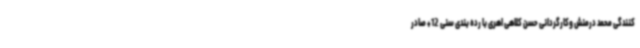
کنندگی محمد درمنش وکارگردانی حسن کلاهی اهری با رده بندی سنی 12+ صادر